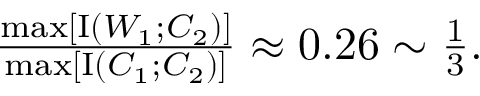
\begin{array} { r } { \frac { \operatorname* { m a x } [ \operatorname { I } ( W _ { 1 } ; C _ { 2 } ) ] } { \operatorname* { m a x } [ \operatorname { I } ( C _ { 1 } ; C _ { 2 } ) ] } \approx 0 . 2 6 \sim \frac { 1 } { 3 } . } \end{array}